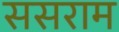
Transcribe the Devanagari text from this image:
ससराम